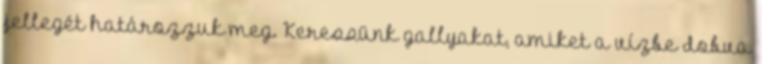
jellegét határozzuk meg. Keressünk gallyakat, amiket a vízbe dobva